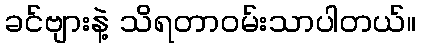
ခင်ဗျားနဲ့ သိရတာဝမ်းသာပါတယ်။